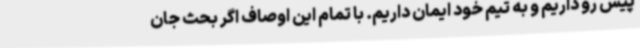
پیش رو داریم و به تیم خود ایمان داریم. با تمام این اوصاف اگر بحث جان